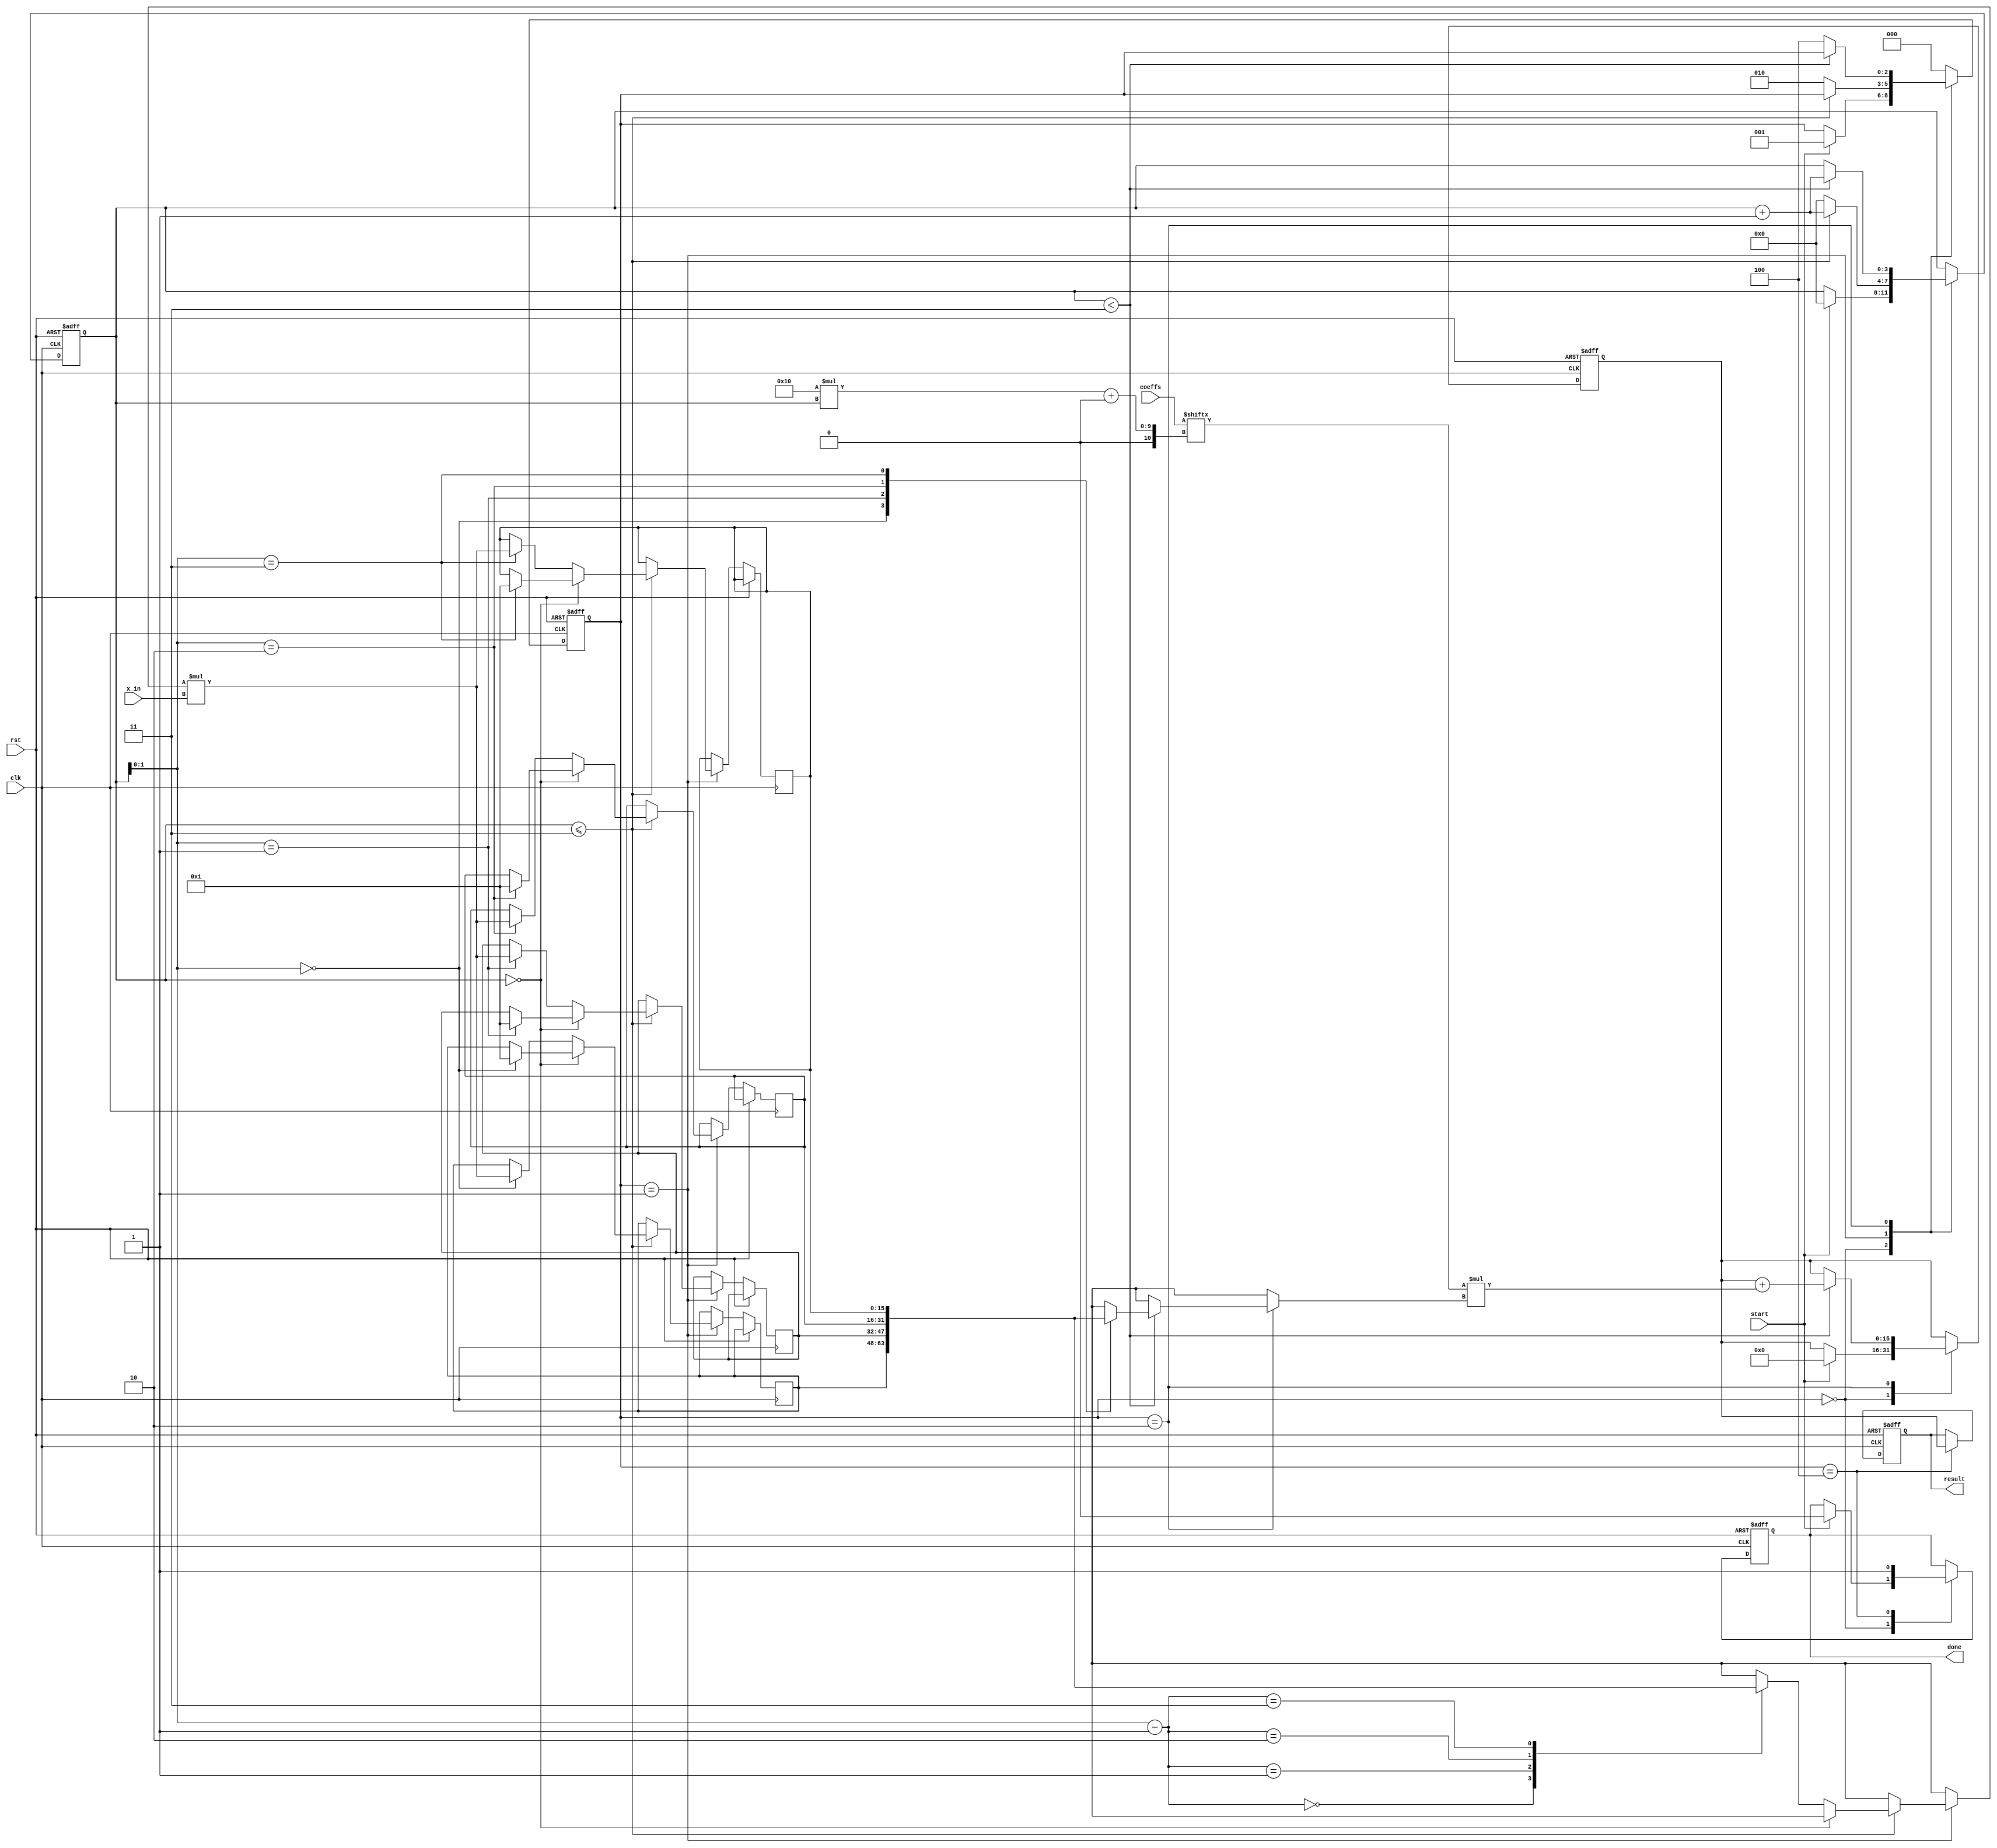
module cordic_polynomial_evaluator #(
    parameter DATA_WIDTH = 16,      // Fixed-point data width
    parameter COEFF_WIDTH = 16,     // Coefficient width
    parameter POLY_DEGREE = 3        // Degree of the polynomial
)(
    input wire clk,
    input wire rst,
    input wire [DATA_WIDTH-1:0] x_in,       // Input value for polynomial evaluation
    input wire [POLY_DEGREE*COEFF_WIDTH-1:0] coeffs, // Coefficients of the polynomial
    input wire start,
    output reg [DATA_WIDTH-1:0] result,      // Result of polynomial evaluation
    output reg done
);

// Internal signals
reg [DATA_WIDTH-1:0] x_powers [0:POLY_DEGREE]; // Powers of x
reg [POLY_DEGREE-1:0] valid;                    // Valid power flags
reg [2:0] state;                                 // FSM state
reg [3:0] i;                                     // Loop counter for degree
reg [DATA_WIDTH-1:0] temp_result;               // Temporary result accumulator

// FSM State Encoding
localparam IDLE = 3'b000,
           CALC_POWERS = 3'b001,
           MULTIPLY = 3'b010,
           ACCUMULATE = 3'b011,
           OUTPUT = 3'b100;

always @(posedge clk or posedge rst) begin
    if (rst) begin
        state <= IDLE;
        result <= 0;
        temp_result <= 0;
        valid <= 0;
        done <= 0;
        i <= 0;
    end else begin
        case (state)
            IDLE: begin
                if (start) begin
                    state <= CALC_POWERS;
                    temp_result <= 0;
                    i <= 0;
                    valid <= 0;
                    done <= 0;
                end
            end
            
            CALC_POWERS: begin
                if (i <= POLY_DEGREE) begin
                    // Calculate x^i using CORDIC-like rotation (basic multiplication)
                    if (i == 0) begin
                        x_powers[i] <= 1; // x^0
                    end else begin
                        x_powers[i] <= x_powers[i-1] * x_in; // x^i = x^(i-1) * x
                    end
                    valid[i] <= 1;
                    i <= i + 1;
                end else begin
                    state <= MULTIPLY;
                    i <= 0; // Reset counter for multiplication
                end
            end
            
            MULTIPLY: begin
                if (i < POLY_DEGREE) begin
                    // Multiply the coefficient with the corresponding power
                    temp_result <= temp_result + (coeffs[COEFF_WIDTH*i +: COEFF_WIDTH] * x_powers[i]);
                    i <= i + 1;
                end else begin
                    state <= OUTPUT;
                end
            end
            
            OUTPUT: begin
                result <= temp_result;
                done <= 1; // Indicate that evaluation is complete
                state <= IDLE; // Go back to idle state
            end
            
            default: state <= IDLE; // Default case to handle unexpected states
        endcase
    end
end

endmodule